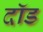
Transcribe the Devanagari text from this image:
दॉड